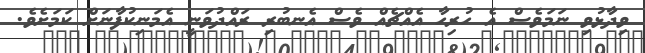
ވިދާޅުވި ނަމަވެސް އެ ހުރިހާ އެއްޗެއް ވެސް އެނބުރި ރައްދުވަނީ އެމަނިކުފާނަށް ކަމަށެވެ.